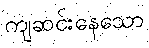
ကျဆင်းနေသော